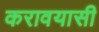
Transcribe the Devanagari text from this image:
करावयासी